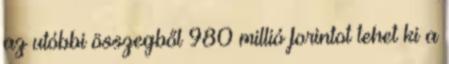
az utóbbi összegből 980 millió forintot tehet ki a